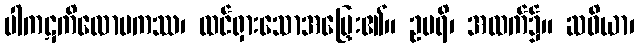
ပါကဋကိလောမကဿ၊ ထင်ရှားသောအမြှေး၏။ ဥပရိ၊ အထက်၌။ ဆဝိယာ၊